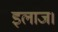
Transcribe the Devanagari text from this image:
इलाज।